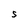
Character: S